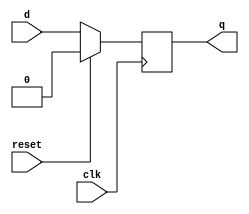
module DFF (
	input wire clk,
	input wire reset,
	input wire d,
	output reg q
	);

	always @(posedge clk) begin
		if(reset == 1'b1) q <= 0;
		else q <= d;
	end

	initial q <= 0;
endmodule